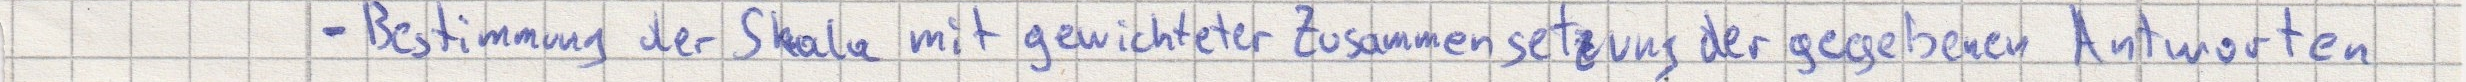
- Bestimmung der Skala mit gewichteter Zusammensetzung der gegebenen Antworten